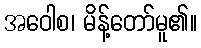
အဝေါစ၊ မိန့်တော်မူ၏။